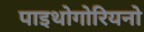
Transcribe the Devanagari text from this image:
पाइथोगोरियनो